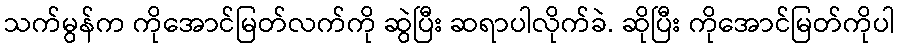
သက်မွန်က ကိုအောင်မြတ်လက်ကို ဆွဲပြီး ဆရာပါလိုက်ခဲ. ဆိုပြီး ကိုအောင်မြတ်ကိုပါ